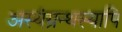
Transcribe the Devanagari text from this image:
अस्यंग्रन्थस्यापि